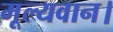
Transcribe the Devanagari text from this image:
मूल्यवान।